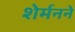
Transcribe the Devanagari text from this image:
शेर्मनने